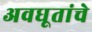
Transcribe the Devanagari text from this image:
अवधूतांचे